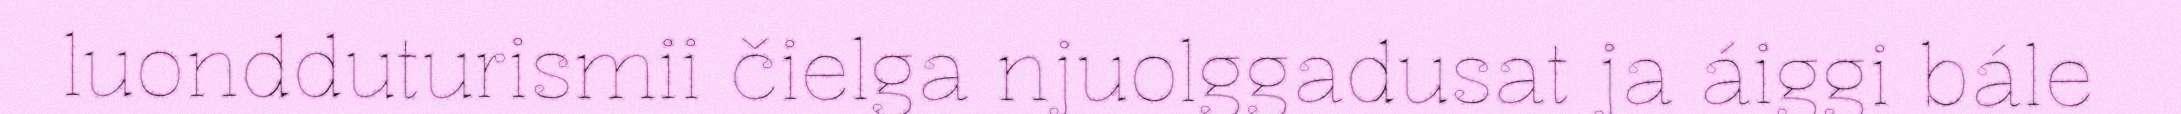
luondduturismii čielga njuolggadusat ja áiggi bále